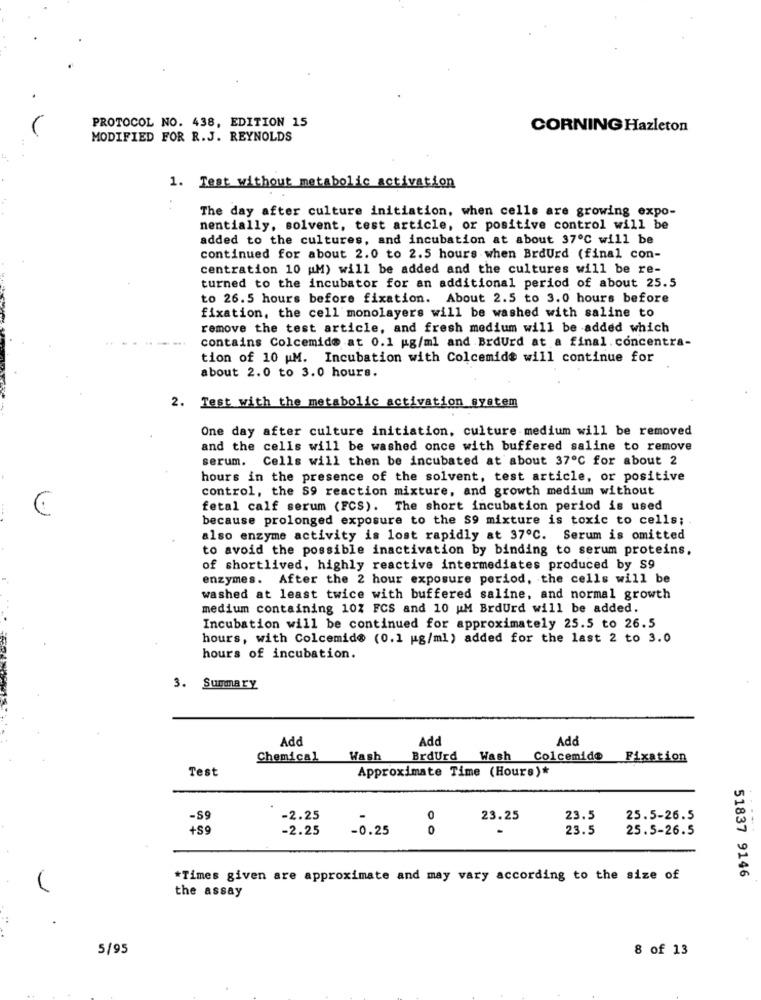
PROTOCOL NO. 438, EDITION 15
CORNING Hazleton
MODIFIED FOR R.J. REYNOLDS
1. Test without metabolic activation
The day after culture initiation, when cells are growing expo-
nentially, solvent, test article, or positive control will be
added to the cultures, and incubation at about 37º℃ will be
continued for about 2.0 to 2.5 hours when BrdUrd (final con-
centration 10 (M) will be added and the cultures will be re-
turned to the incubator for an additional period of about 25.5
to 26.5 hours before fixation. About 2.5 to 3.0 hours before
fixation, the cell monolayers will be washed with saline to
remove the test article, and fresh medium will be added which
contains Colcemide at 0.1 ug/ml and BrdUrd at a final. concentra-
tion of 10 M. Incubation with Colcemide will continue for
about 2.0 to 3.0 hours.
2. Test with the metabolic activation system
One day after culture initiation, culture medium will be removed
and the cells will be washed once with buffered saline to remove
serum.
Cells will then be incubated at about 37℃ for about 2
hours in the presence of the solvent, test article, or positive
control, the S9 reaction mixture, and growth medium without
fetal calf serum (FCS). The short incubation period is used
because prolonged exposure to the S9 mixture is toxic to cells;
also enzyme activity is lost rapidly at 37℃. Serum is omitted
to avoid the possible inactivation by binding to serum proteins.
of shortlived, highly reactive intermediates produced by $9
enzymes. After the 2 hour exposure period, the cells will be
washed at least twice with buffered saline, and normal growth
medium containing 10% FCS and 10 UM BrdUrd will be added.
Incubation will be continued for approximately 25.5 to 26.5
hours, with Colcemide (0.1 g/ml) added for the last 2 to 3.0
hours of incubation.
3. Summary
Add
Add
Add
Chemical
Wash
BrdUrd
Wash
Colcemide Fixation
Test
Approximate Time (Hours)*
-S9
-2.25
0
23.25
23.5
25.5-26.5
+59
-2.25
-0.25
0
23.5
25.5-26.5
*Times given are approximate and may vary according to the size of
51837 9146
the assay
5/95
8 of 13